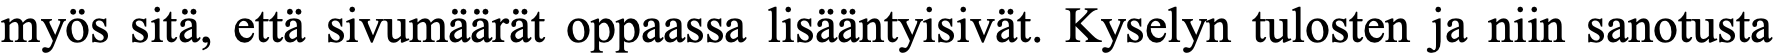
myös sitä, että sivumäärät oppaassa lisääntyisivät. Kyselyn tulosten ja niin sanotusta